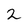
Character: 2